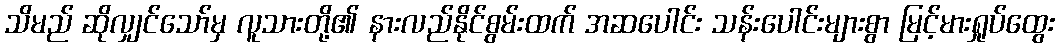
သိမည် ဆိုလျှင်သော်မှ လူသားတို့၏ နားလည်နိုင်စွမ်းထက် အဆပေါင်း သန်းပေါင်းများစွာ မြင့်မားရှုပ်ထွေး